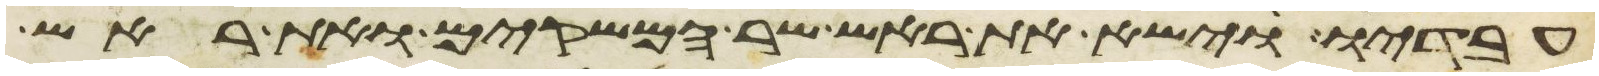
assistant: עבדיו וישא את ראש שר המשקים ואת ראש